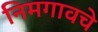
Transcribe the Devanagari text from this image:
निमगावचे